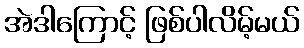
အဲဒါကြောင့် ဖြစ်ပါလိမ့်မယ်